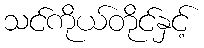
သင်ကိုယ်တိုင်နှင့်